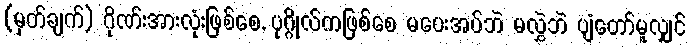
(မှတ်ချက်) ဂိုဏ်းအားလုံးဖြစ်စေ, ပုဂ္ဂိုလ်ကဖြစ်စေ မပေးအပ်ဘဲ မလွှဲဘဲ ပျံတော်မူလျှင်